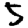
Digit: 5